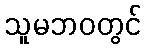
သူမဘဝတွင်